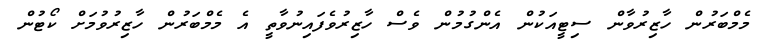
މެމްބަރުން ހާޒިރުވާން ސިޓީއަކުން އެންގުމުން ވެސް ހާޒިރުވެފައިނުވާތީ އެ މެމްބަރުން ހާޒިރުވުމަށް ކޯޓުން